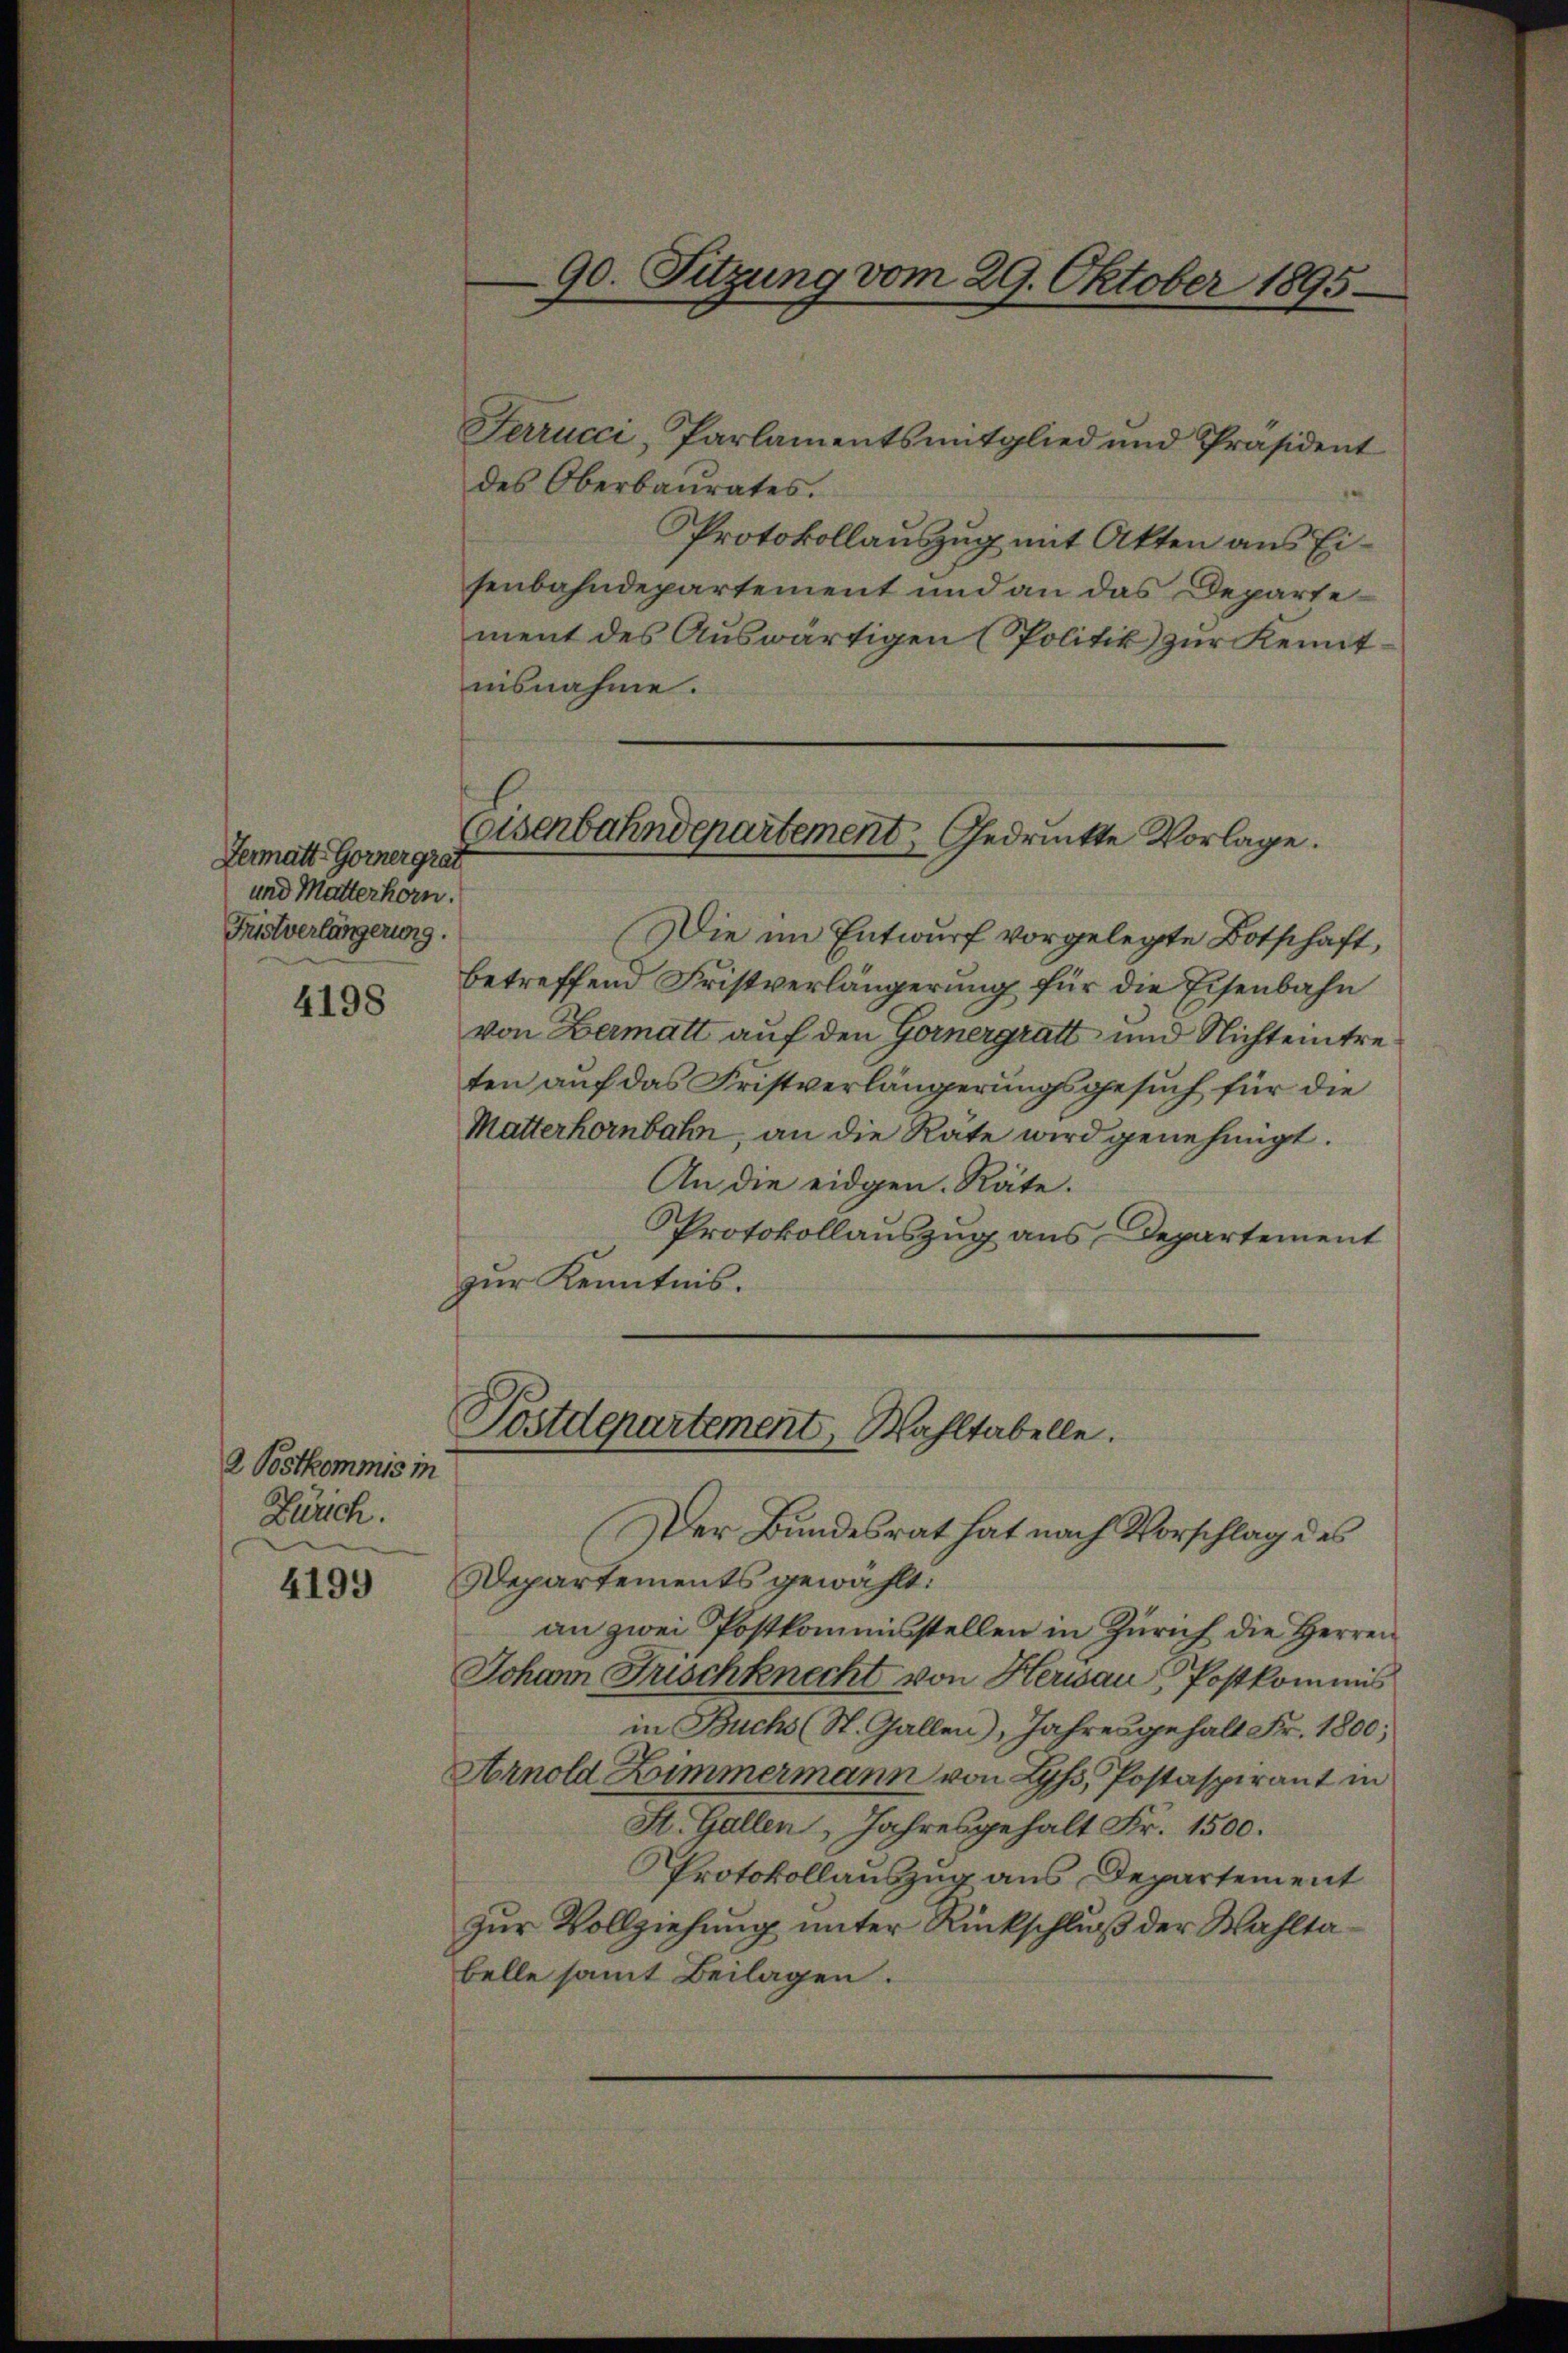
Germatt-Gornergrat
und Mutterhorn.
Fristverlängerung.

4198

2 Postkommis in
Zürich.

4199

Ferrucci, Parlamentsmitglied und Präsident
des Oberbaurates.
Protokollauszug mit Akten aus Eisenbahndepartement und an das Departement des Auswärtigen (Politik zur Kennt
nisnahme.
Die im Entwurf vorgelegte Botschaft,
betreffend Fristverlängerung für die Eisenbahn
von Bermatt auf den Gornergratt und Nichteintreten auf das Fristverlängerungsgesuch für die
Matterhornbahn, an die Rate wird genehmigt.
An die eidgen. Räte.
Protokollauszug aus Departement
zur Kenntnis.

90. Sitzung vom 29. Oktober 1895.

Eisenbahndepartement, Gedrückte Vorlage.

Postdepartement, Wahltabelle.

Der Bundesrat hat nach Vorschlag des
Departements gewählt:
an zwei Postkommisstellen in Zürich die Herren
Johann Frischknecht von Herisau, Postkommis
in Buchs (St. Gallen), Jahresgehalt Fr. 1800;
Arnold Zimmermann von Lyss, Postaspirant in
St. Gallen, Jahresgehalt Fr. 1500.
Protokollauszug aus Departement
zur Vollziehung unter Rückschluß der Wahltabelle samt Beilagen.